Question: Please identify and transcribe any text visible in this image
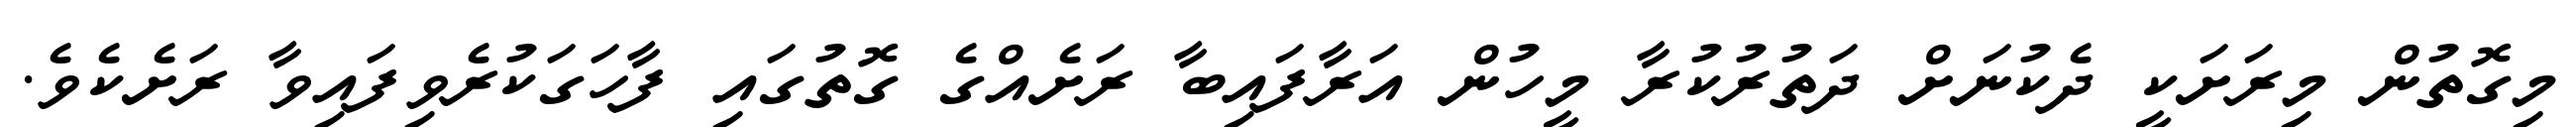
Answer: މިގޮތުން މިރަށަކީ ދެކުނަށް ދަތުރުކުރާ މީހުން އަރާފައިބާ ރަށެއްގެ ގޮތުގައި ފާހަގަކުރެވިފައިވާ ރަށެކެވެ.